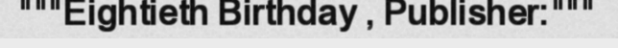
"""Eightieth Birthday , Publisher:"""